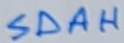
Text: SDAH